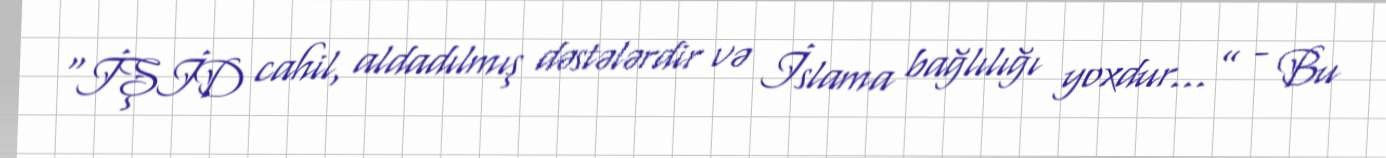
“İŞİD cahil, aldadılmış dəstələrdir və İslama bağlılığı yoxdur...” - Bu